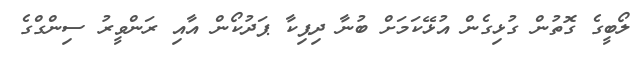
ލޯބީގެ ގޮތުން ގުޅިގެން އުޅޭކަމަށް ބުނާ ދިޕިކާ ޕަދުކޯން އާއި ރަންވީރު ސިންގްގެ